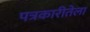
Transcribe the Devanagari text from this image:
पत्रकारीतेला